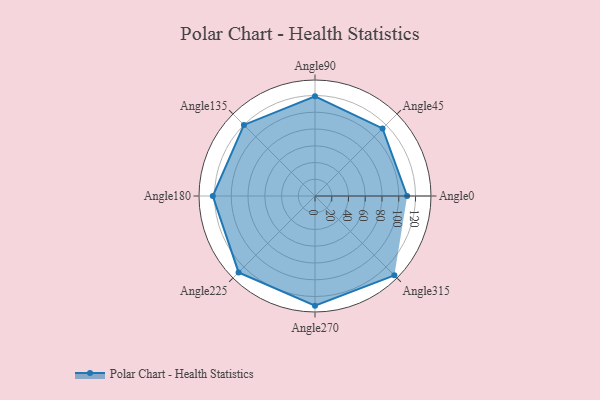
{"axis": {"x": "Angle", "y": "Radius"}, "legend": [""], "data": [{"x": "Angle0", "y": 110.0, "type": ""}, {"x": "Angle45", "y": 114.0, "type": ""}, {"x": "Angle90", "y": 119.0, "type": ""}, {"x": "Angle135", "y": 120.0, "type": ""}, {"x": "Angle180", "y": 122.0, "type": ""}, {"x": "Angle225", "y": 129.0, "type": ""}, {"x": "Angle270", "y": 131.0, "type": ""}, {"x": "Angle315", "y": 134.0, "type": ""}]}